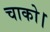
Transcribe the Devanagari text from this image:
चाको।